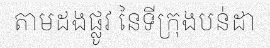
តាមដងផ្លូវ នៃទីក្រុងបន់ដា